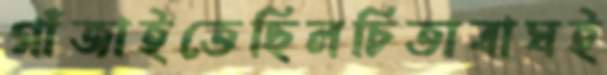
গাঁজাইতেছিলচিতাবাঘই